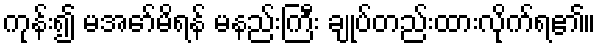
ကုန်း၍ မအော်မိရန် မနည်းကြီး ချုပ်တည်းထားလိုက်ရ၏။